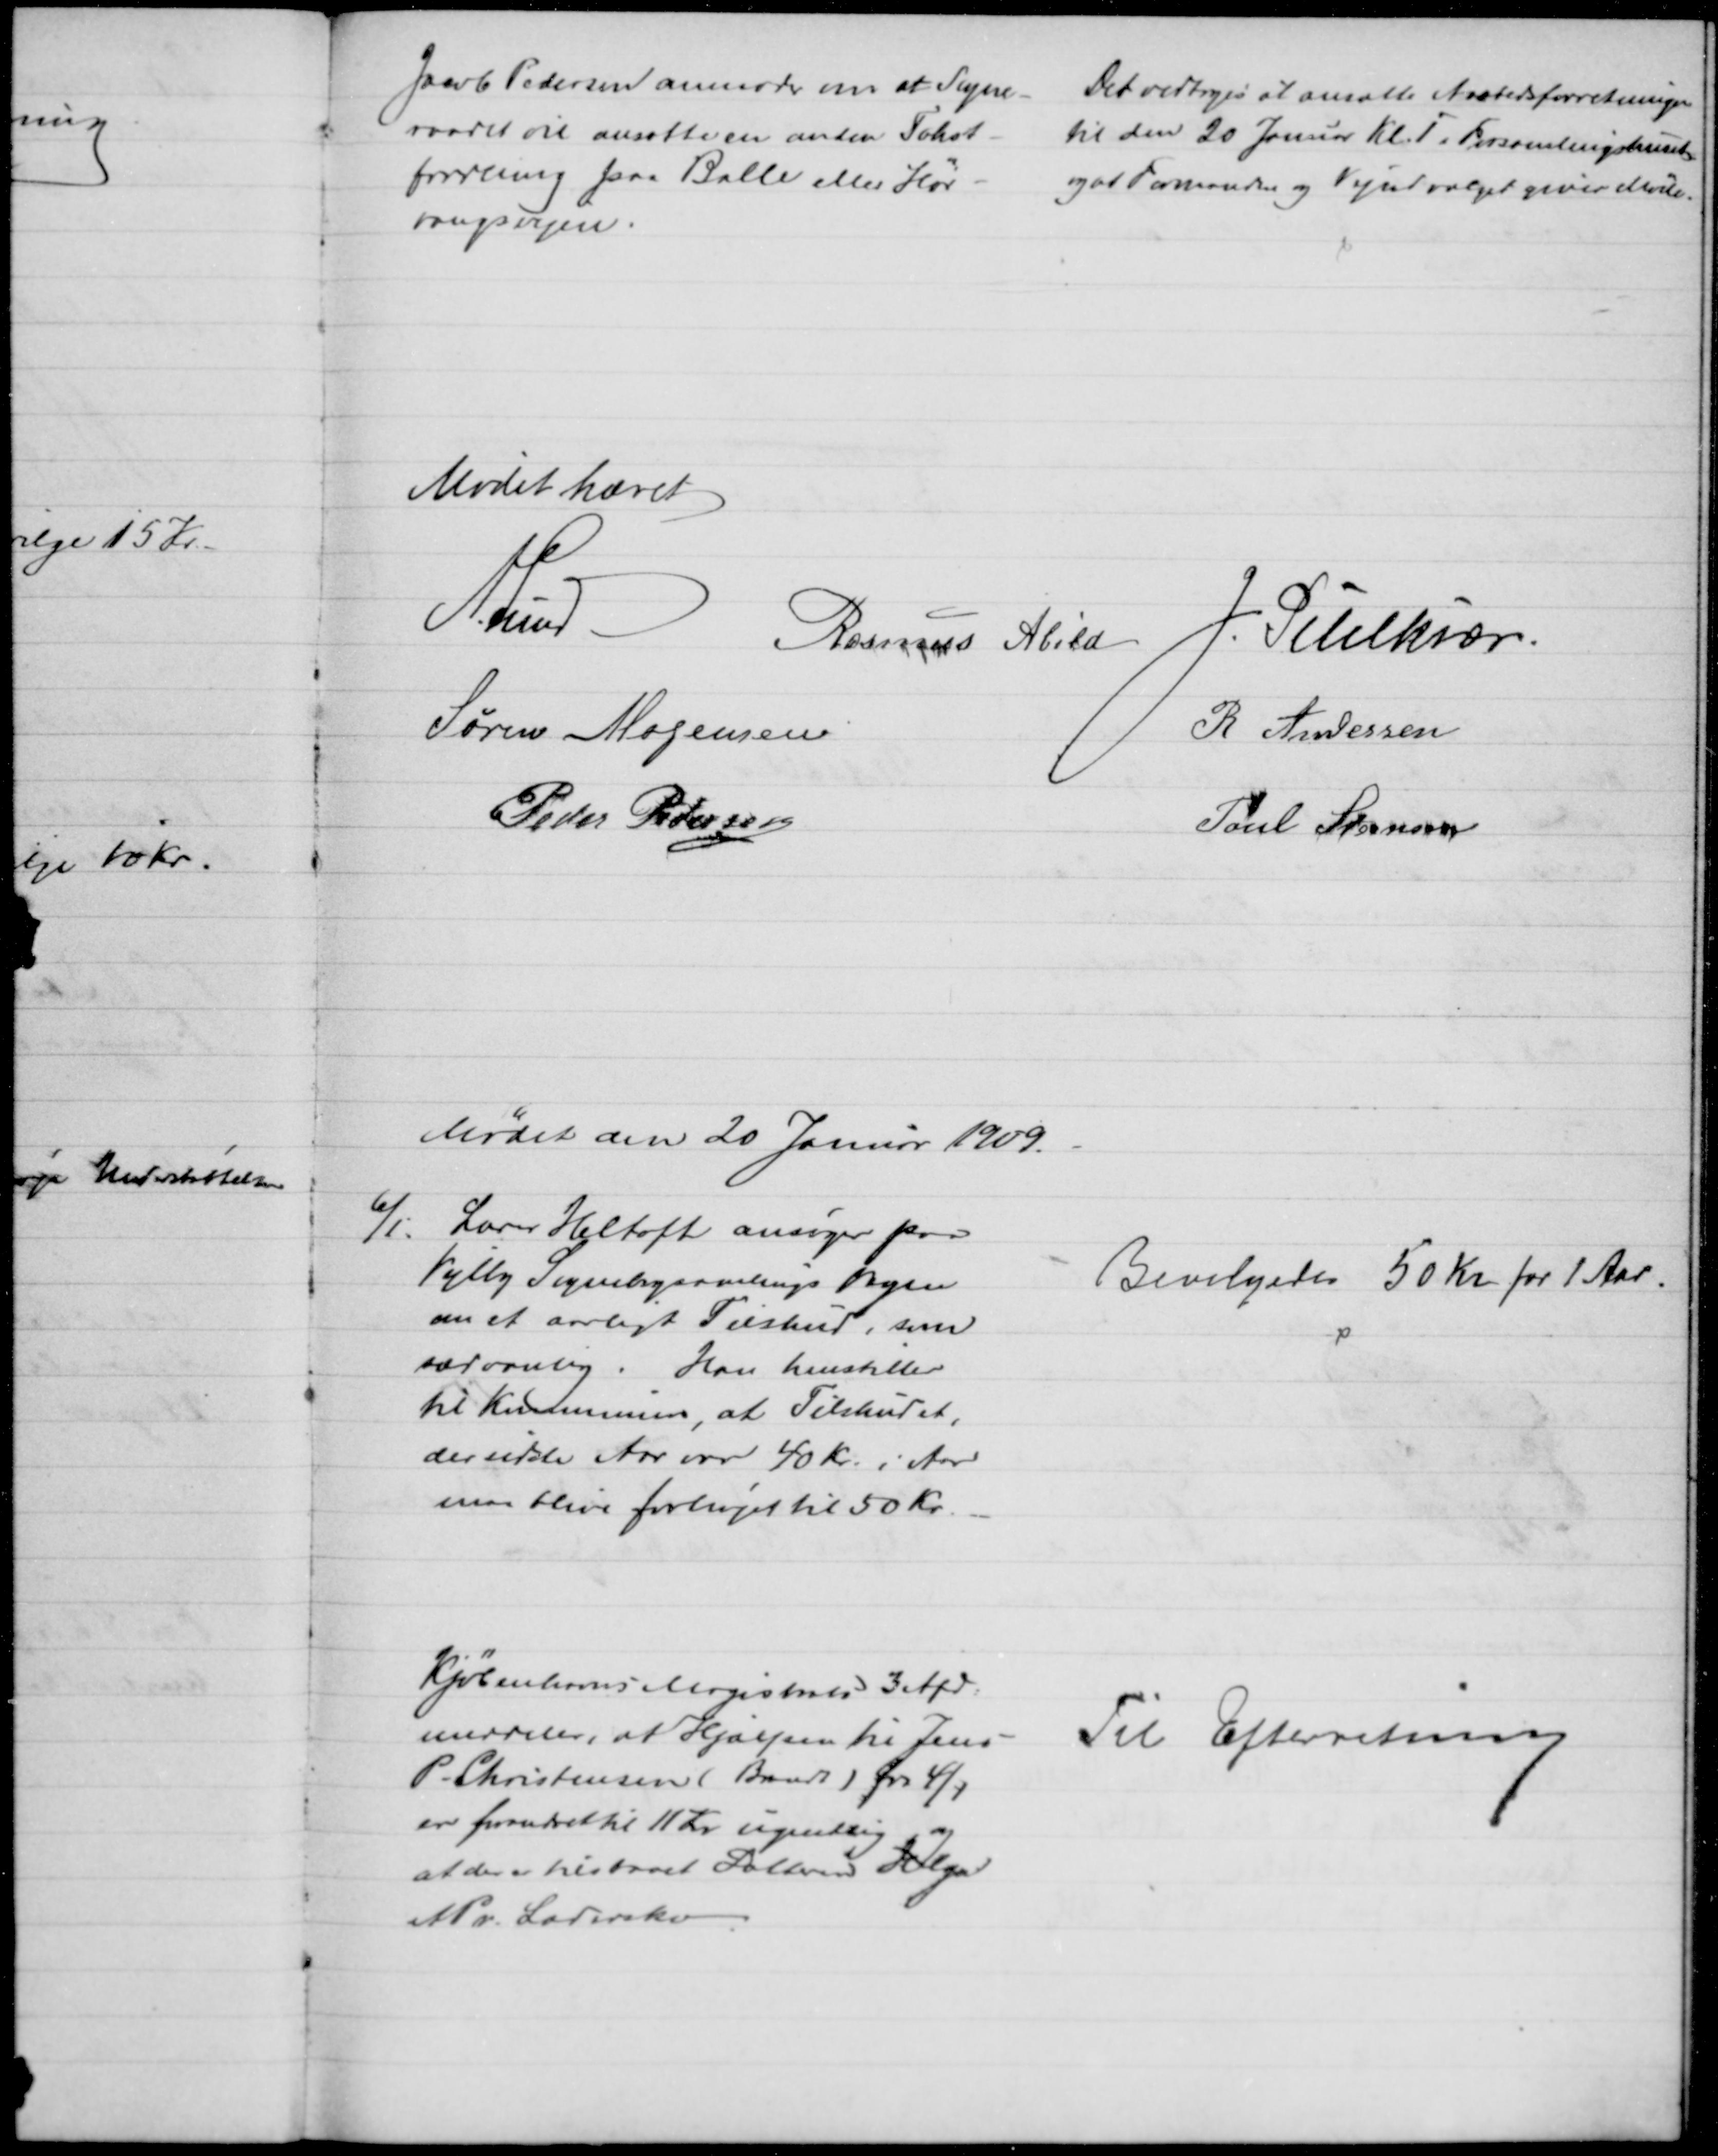
Transskription:
Jacob Pedersen anmoder om at Sogne-
raadet vil ansætte en anden Takst-
fordeling paa Balle eller Hør-
vangsvejen.
Det vedtoges at ansætte Aastedsforretningen
til den 20 Januar Kl. 1 i Forsamlingshuset
og at Formanden og Vejudvalget giver Møde.
Mødet hævet
A. Lund
Rasmus Abild
J. Pihlkjær
Søren Mogensen
R Andersen
Peder Pedersen
Poul Steensen
Mødet den 20 Januar 1909.
6/1.
Lærer Heltoft ansøger paa
Vejlby Sognebogsamlings Vegne
om et aarligt Tilskud, som
sædvanlig. Han henstiller
til Kommunen, at Tilskudet,
der sidste Aar var 40 Kr. i Aar
maa blive forhøjet til 50 Kr.
Bevilgedes 50 Kr for 1 Aar.
Kjøbenhavns Magistrats 3 Afd.
meddeler, at Hjælpen til Jens 
P. Christensen (Brandt) fra 4/1
er forandret til 11 Kr ugentlig og
at der er tilstaaet Datteren Helga
1 Pr Lærredssko.
Til Efterretning